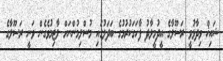
ޝައިޚް ވިދާޅުވީ ރަސޫލާގެ އީދުމީލާދު ފާހަގަކުރުމުގެ ބަދަލުގައި މުސްލިމުންނަށް ލާޒިމުވެގެން ވަނީ ރަސޫލާގެ